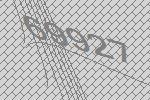
69927